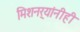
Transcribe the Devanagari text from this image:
मिशनर्‍यांनीही